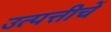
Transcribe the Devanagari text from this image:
उत्पत्तीचें